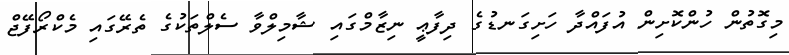
މިގޮތުން ހުންކޮށިން އުފައްދާ ހަށިގަނޑުގެ ދިފާޢީ ނިޒާމްގައި ޝާމިލްވާ ސެލްތަކުގެ ތެރޭގައި މެކްރޯފޭޖް